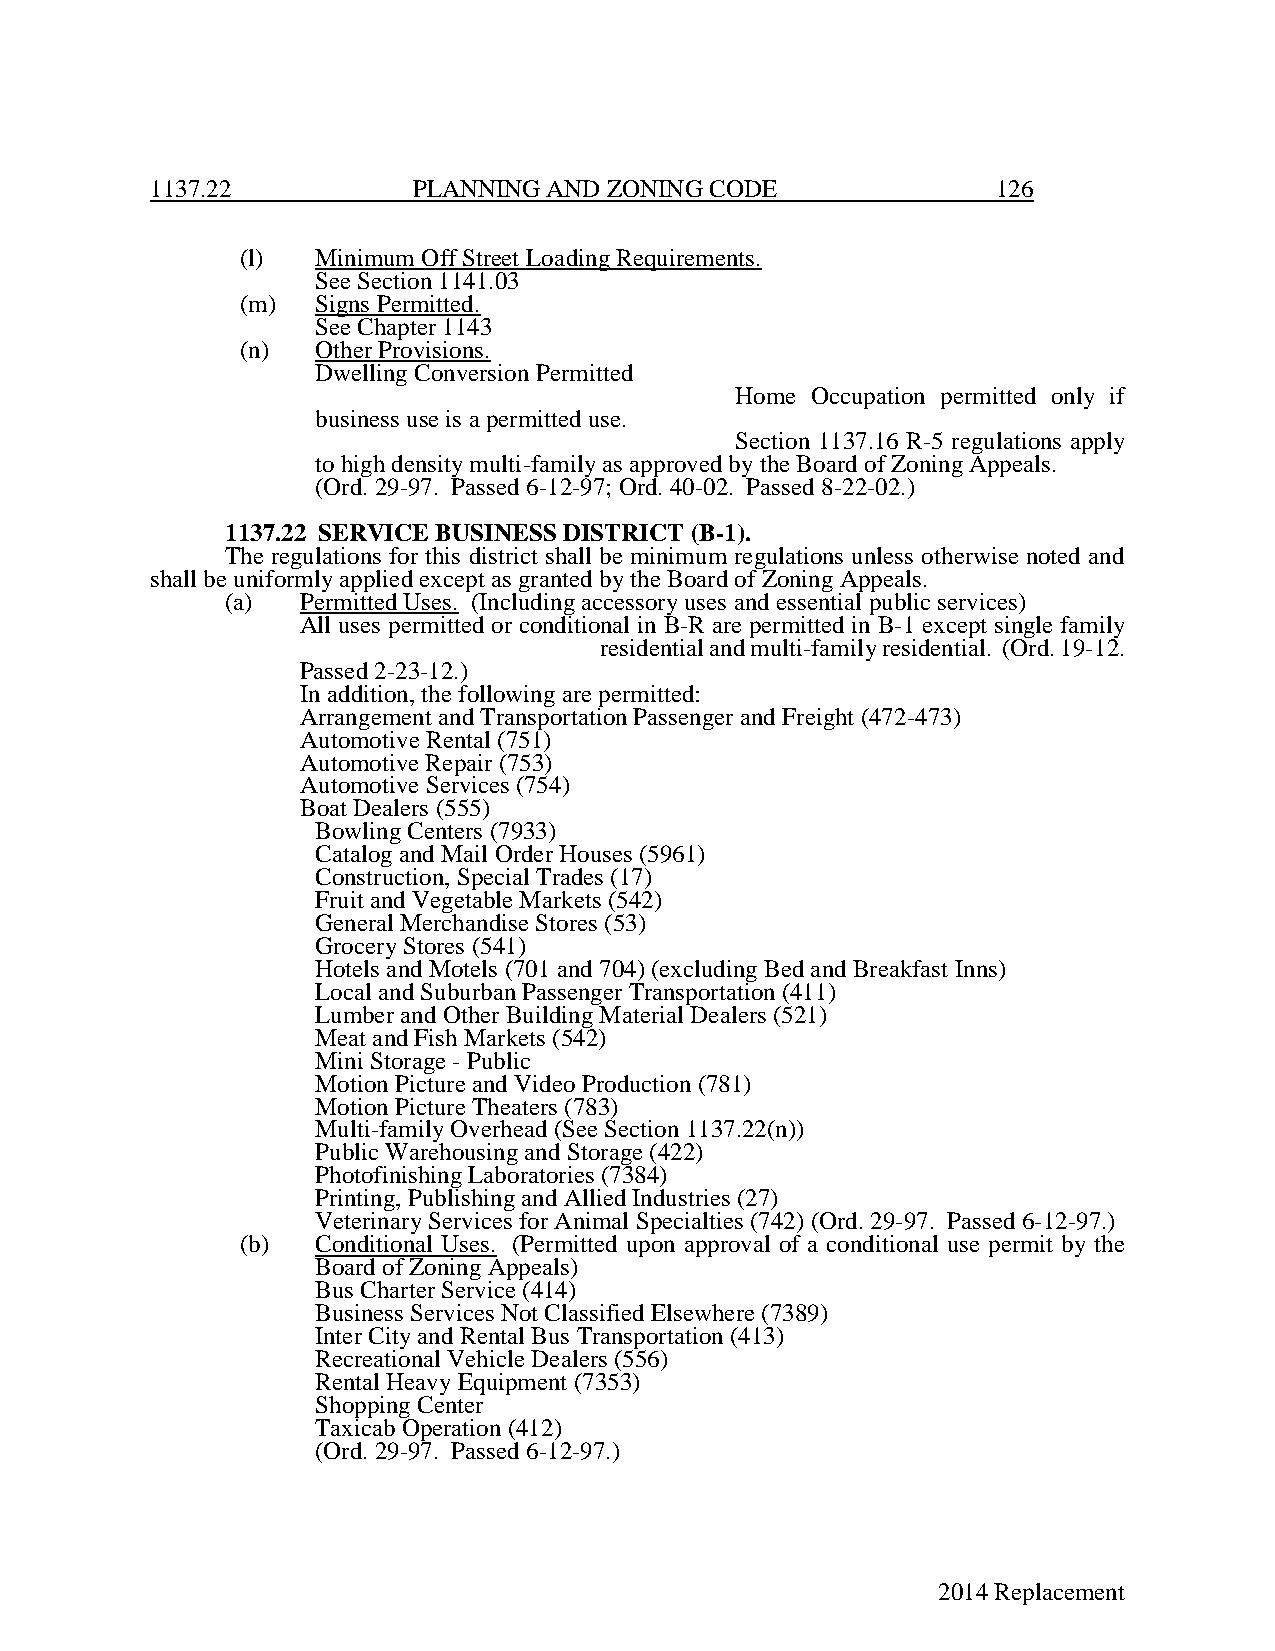
1137.22          PLANNING AND ZONING CODE               126
 (l)  Minimum Off Street Loading Requirements.
 See Section 1141.03
 (m)  Signs Permitted.
 See Chapter 1143
 (n)  Other Provisions.
 Dwelling Conversion Permitted
 Home Occupation permitted only if
 business use is a permitted use.
 Section 1137.16 R-5 regulations apply
 to high density multi-family as approved by the Board of Zoning Appeals.
 (Ord. 29-97. Passed 6-12-97; Ord. 40-02. Passed 8-22-02.)
 1137.22 SERVICE BUSINESS DISTRICT (B-1).
 The regulations for this district shall be minimum regulations unless otherwise noted and
 shall be uniformly applied except as granted by the Board of Zoning Appeals.
 (a)  Permitted Uses. (Including accessory uses and essential public services)
 All uses permitted or conditional in B-R are permitted in B-1 except single family
 residential and multi-family residential. (Ord. 19-12.
 Passed 2-23-12.)
 In addition, the following are permitted:
 Arrangement and Transportation Passenger and Freight (472-473)
 Automotive Rental (751)
 Automotive Repair (753)
 Automotive Services (754)
 Boat Dealers (555)
 Bowling Centers (7933)
 Catalog and Mail Order Houses (5961)
 Construction, Special Trades (17)
 Fruit and Vegetable Markets (542)
 General Merchandise Stores (53)
 Grocery Stores (541)
 Hotels and Motels (701 and 704) (excluding Bed and Breakfast Inns)
 Local and Suburban Passenger Transportation (411)
 Lumber and Other Building Material Dealers (521)
 Meat and Fish Markets (542)
 Mini Storage - Public
 Motion Picture and Video Production (781)
 Motion Picture Theaters (783)
 Multi-family Overhead (See Section 1137.22(n))
 Public Warehousing and Storage (422)
 Photofinishing Laboratories (7384)
 Printing, Publishing and Allied Industries (27)
 Veterinary Services for Animal Specialties (742) (Ord. 29-97. Passed 6-12-97.)
 (b)  Conditional Uses. (Permitted upon approval of a conditional use permit by the
 Board of Zoning Appeals)
 Bus Charter Service (414)
 Business Services Not Classified Elsewhere (7389)
 Inter City and Rental Bus Transportation (413)
 Recreational Vehicle Dealers (556)
 Rental Heavy Equipment (7353)
 Shopping Center
 Taxicab Operation (412)
 (Ord. 29-97. Passed 6-12-97.)
 2014 Replacement